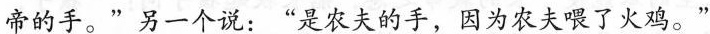
帝的手。”另一个说：”是农夫的手，因为农夫喂了火鸡。”